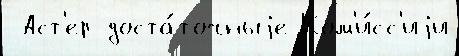
 Аст'ер доста́точныjе Ком'и́сс'иjи